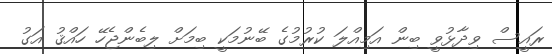
ރައީސް ވިދާޅުވީ ބިން އަމިއްލަ ކުރުމުގެ ބޭނުމަކީ ބިމަށް ލިބެންޖެހޭ ހައްޤު އަގު